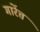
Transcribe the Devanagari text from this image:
गारेंत्त